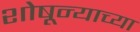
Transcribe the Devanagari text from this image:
शोषून्याच्या